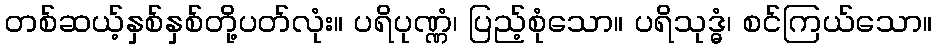
တစ်ဆယ့်နှစ်နှစ်တို့ပတ်လုံး။ ပရိပုဏ္ဏံ၊ ပြည့်စုံသော။ ပရိသုဒ္ဓံ၊ စင်ကြယ်သော။